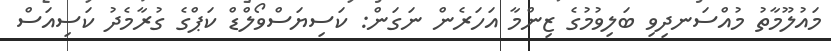
މައުލޫމާތު މުއްސަނދިވި ބަލިވުމުގެ ޒިންމާ އަހަރެން ނަގަން: ކަސިޔަސްވޯލްޑް ކަޕްގެ ގުރާމެދު ކަސިއަސް